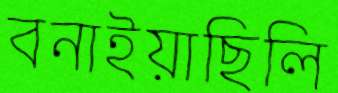
বনাইয়াছিলি